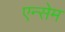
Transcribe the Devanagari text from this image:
एन्सेम